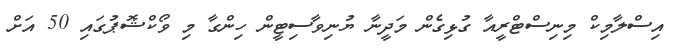
އިސްލާމިކް މިނިސްޓްރީއާ ގުޅިގެން މަދީނާ ޔުނިވާސިޓީން ހިންގާ މި ވޯކްޝޮޕުގައި 50 އަށް